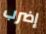
إضرب